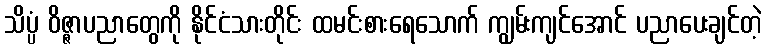
သိပ္ပံ ဝိဇ္ဇာပညာတွေကို နိုင်ငံသားတိုင်း ထမင်းစားရေသောက် ကျွမ်းကျင်အောင် ပညာပေးချင်တဲ့